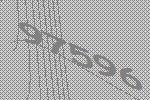
97596